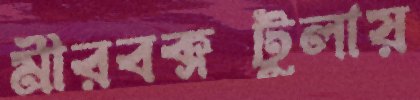
মীরবক্সটুলায়